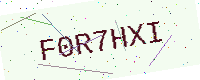
Text: F0R7HXI